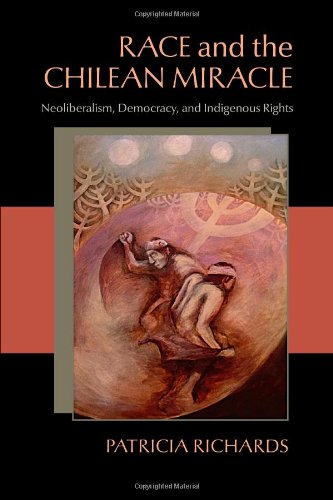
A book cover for Race and the Chilean Miracle: Neoliberalism, Democracy, and Indigenous Rights (Pitt Latin American Series); Patricia Richards; Travel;